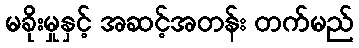
မခိုးမှုနှင့် အဆင့်အတန်း တက်မည်